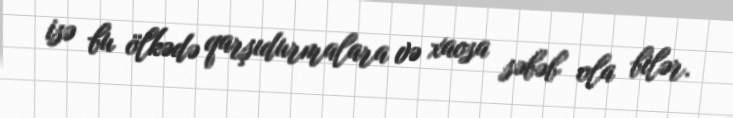
isə bu ölkədə qarşıdurmalara və xaosa səbəb ola bilər.